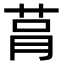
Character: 𦮻